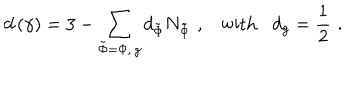
LaTeX: d \left( \gamma \right) = 3 - \sum _ { \tilde { \Phi } = \Phi , \, g } d _ { \tilde { \Phi } } N _ { \tilde { \Phi } } \, \, , \, \, \, \, \, \mathrm { w i t h } \, \, \, \, \, d _ { g } = \frac 1 2 \, \, .